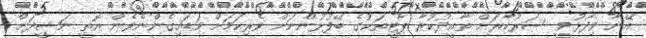
އޭނާ ވިދާޅުވީ ސަރުކާރަށް ތާއީދުކުރާ ޕާޓީތަކުގެ ބޭފުޅުންނަށް ވެރިކަމަށް ވަޑައިގެންނެވެން އޮތީ ނަޝީދަށް